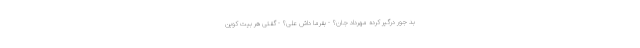
بد جور درگیر کرده مهرداد جان؟ - بفرما داش علی؟ - گفتی هر بیت کوین